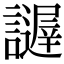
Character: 𧭋